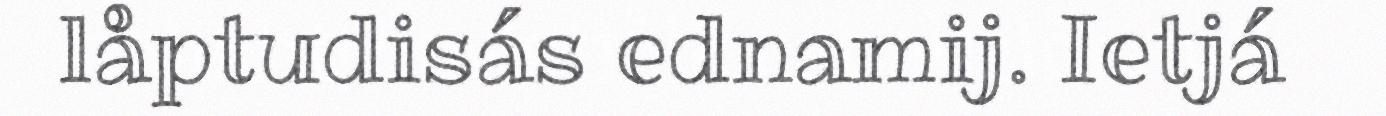
låptudisás ednamij. Ietjá